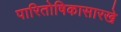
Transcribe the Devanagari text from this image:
पारितोषिकासारखे